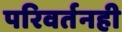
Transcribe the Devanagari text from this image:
परिवर्तनही